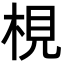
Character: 梘